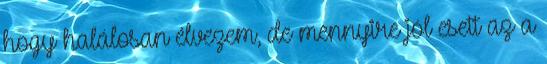
hogy halálosan élvezem, de mennyire jól esett az a